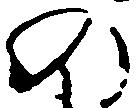
の